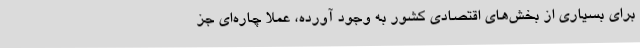
برای بسیاری از بخش‌های اقتصادی کشور به وجود آورده، عملا چاره‌ای جز